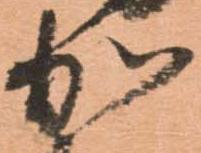
加